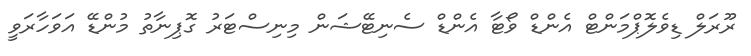
ރޫރަލް ޑިވެލޮޕްމަންޓް އެންޑް ވޯޓާ އެންޑް ސެނިޓޭޝަން މިނިސްޓަރު ގޮޕިނާތު މުންޑޭ އަވަހާރަވީ